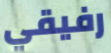
رفيقي